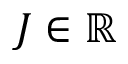
J \in \mathbb R